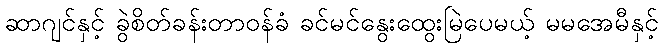
ဆာဂျင်နှင့် ခွဲစိတ်ခန်းတာဝန်ခံ ခင်မင်နွေးထွေးမြဲပေမယ့် မမအေမီနှင့်